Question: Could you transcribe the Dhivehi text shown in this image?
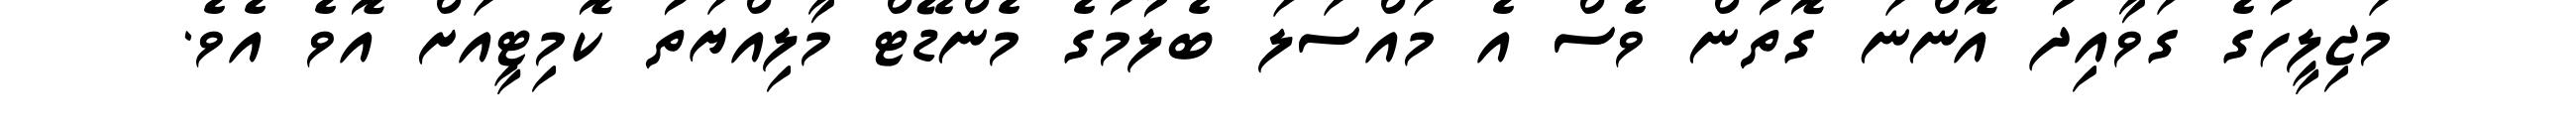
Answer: މަޖިލީހުގެ ގަވާއިދު އޮންނަ ގޮތުން ވެސް އެ މައްސަލަ ބެލުމުގެ މެންޑޭޓް މާލިއްޔަތު ކޮމިޓީއަށް އޮވެ އެވެ.